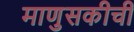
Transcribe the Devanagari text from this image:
माणुसकीची